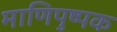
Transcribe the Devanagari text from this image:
माणिपुष्पक